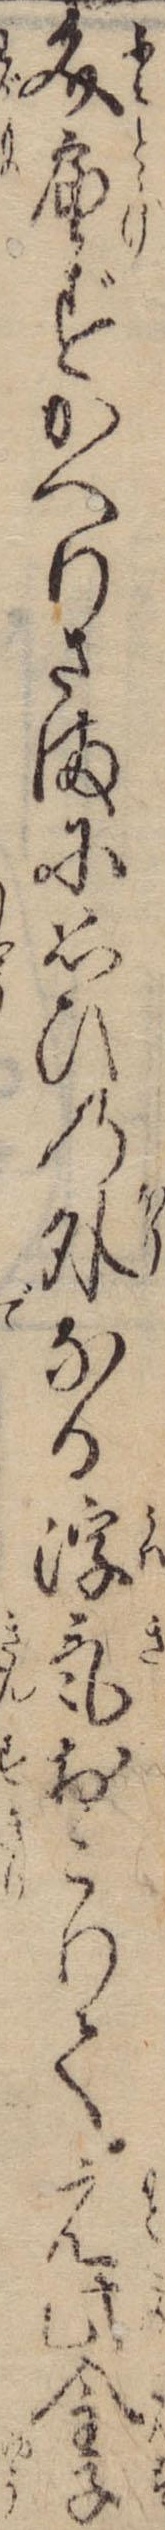
文届ずかへりさまに思ひの外なる浮気おこりて元此金子